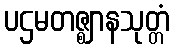
ပဌမတဇ္ဈာနသုတ္တံ